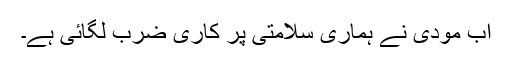
اب مودی نے ہماری سلامتی پر کاری ضرب لگائی ہے۔